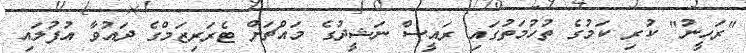
"ރަހީނު" ކުރި ކަމުގެ ތުހުމަތުގައި ރައީސް ނަޝީދުގެ މައްޗަށް ޓެރަރިޒަމްގެ ދައުވާ އުފުލައި